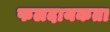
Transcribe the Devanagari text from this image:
फलदायकता